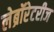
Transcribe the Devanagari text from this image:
लेब्रॉरेटरीज